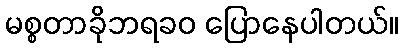
မစ္စတာခိုဘရခဝ ပြောနေပါတယ်။